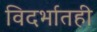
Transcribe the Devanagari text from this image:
विदर्भातही